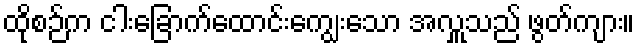
ထိုစဉ်က ငါးခြောက်ထောင်းကျွေးသော အလှူသည် ဖွတ်ကျား။